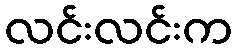
လင်းလင်းက